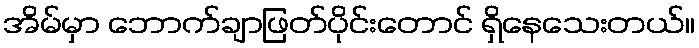
အိမ်မှာ ဘောက်ချာဖြတ်ပိုင်းတောင် ရှိနေသေးတယ်။